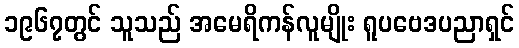
၁၉၆၇တွင် သူသည် အမေရိကန်လူမျိုး ရူပဗေဒပညာရှင်